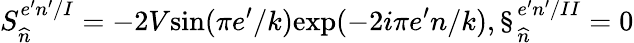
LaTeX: S_{\widehat{n}}^{e^{\prime}n^{\prime}/I}=-2V\mathrm{sin}(\pi e^{\prime}/k)\mathrm{exp}(-2i\pi e^{\prime}n/k),\S_{\widehat{n}}^{e^{\prime}n^{\prime}/II}=0